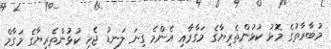
މުބާރާތުގެ މޮޅު ކުޅުންތެރިޔާގެ މަގާމާއި އެންމެ ގިނަ ލަނޑު ޖެހި ކުޅުންތެރިޔާގެ މަގާމް